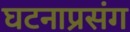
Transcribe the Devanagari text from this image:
घटनाप्रसंग